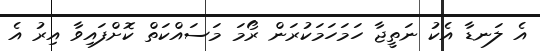
އެ ލަނޑާ އެކު ނަތީޖާ ހަމަހަމަކުރަން ރޯމަ މަސައްކަތް ކޮށްފައިވާ އިރު އެ